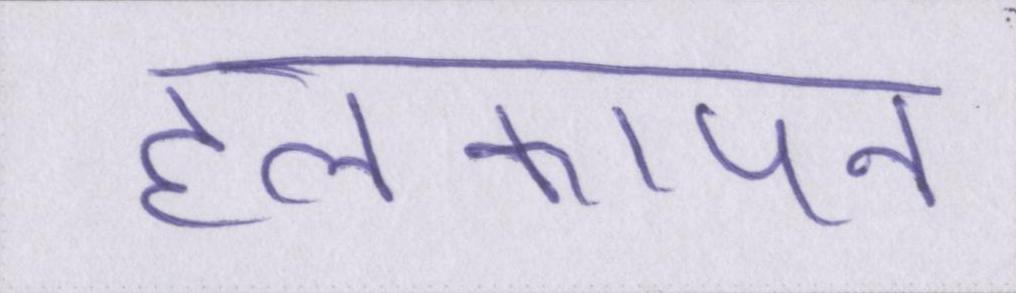
हलकापन